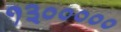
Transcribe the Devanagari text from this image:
१३०००००